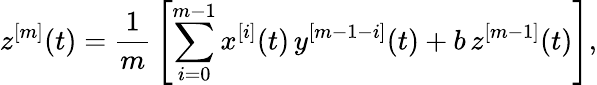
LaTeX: z^{[m]}(t)=\frac{1}{m}\, \left[\sum_{i=0}^{m-1}x^{[i]}(t)\, y^{[m-1-i]}(t)+b\, z^{[m-1]}(t)\right],